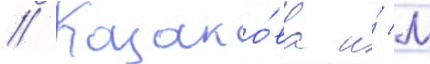
// Казако́ва и́ м